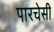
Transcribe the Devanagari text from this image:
पारचेसी